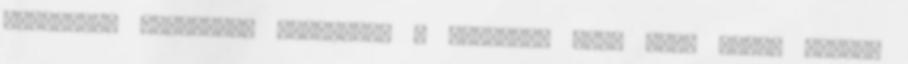
képlettel történik: Használja a Beszúrás kép, fent leírt módon.